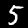
Label: 5